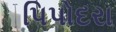
પિપોદરા